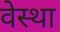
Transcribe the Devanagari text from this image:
वेस्था